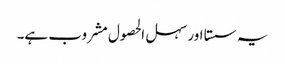
یہ سستا اور سہل الحصول مشروب ہے۔